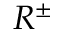
R ^ { \pm }